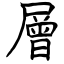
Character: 層